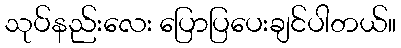
သုပ်နည်းလေး ပြောပြပေးချင်ပါတယ်။